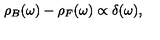
\rho _ { B } ( \omega ) - \rho _ { F } ( \omega ) \propto \delta ( \omega ) ,